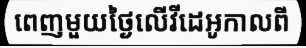
ពេញមួយថ្ងៃលើវីដេអូកាលពី